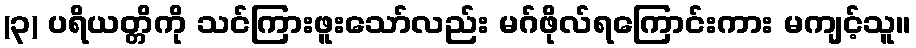
(၃) ပရိယတ္တိကို သင်ကြားဖူးသော်လည်း မဂ်ဖိုလ်ရကြောင်းကား မကျင့်သူ။